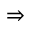
\Rightarrow